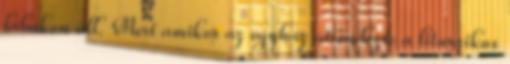
lábakon áll. Mert amikor az egyház átrendezte a liturgikus